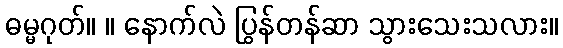
ဓမ္မဂုတ်။ ။ နောက်လဲ ပြွန်တန်ဆာ သွားသေးသလား။